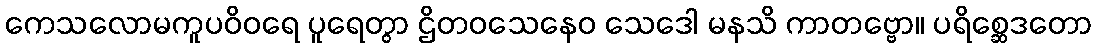
ကေသလောမကူပဝိဝရေ ပူရေတွာ ဌိတဝသေနေဝ သေဒေါ မနသိ ကာတဗ္ဗော။ ပရိစ္ဆေဒတော